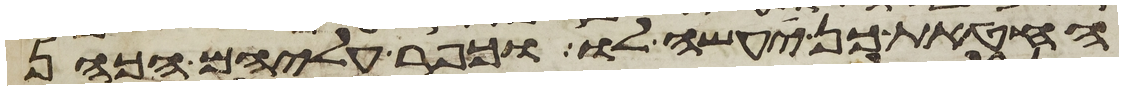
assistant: החטאת כן יעשה לו וכפר עליהם הכהן